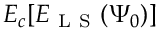
E _ { c } [ E _ { \mathrm { ~ L ~ S ~ } } ( \Psi _ { 0 } ) ]